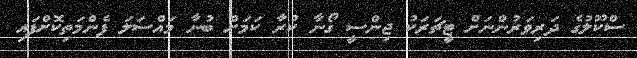
ސްކޫލުގެ ދަރިވަރުންނަށް ޓީޗަރަކު ޖިންސީ ގޯނާ ކުރާ ކަމަށް ބުނާ މައްސަލަ ފެންމަތިކޮށްފައި